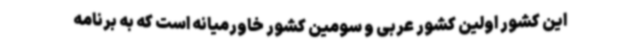
این کشور اولین کشور عربی و سومین کشور خاورمیانه است که به برنامه